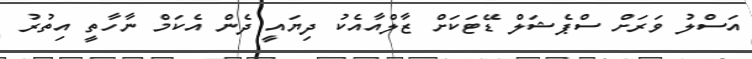
އަސްލު ވަރަށް ސްޕެޝަލް ޑޭޓަކަށް ޒާލްއާއެކު ދިޔައީ ދެން އެކަމް ނާހާތީ އިތުރު